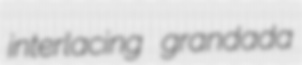
interlacing grandada